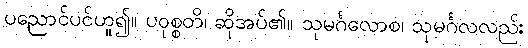
ပညောင်ပင်ဟူ၍။ ပဝုစ္စတိ၊ ဆိုအပ်၏။ သုမင်္ဂလောစ၊ သုမင်္ဂလလည်း